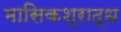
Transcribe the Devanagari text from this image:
मासिकश्राद्ध